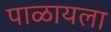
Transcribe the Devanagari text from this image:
पाळायला